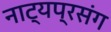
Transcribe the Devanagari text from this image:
नाट्यप्रसंग